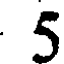
5